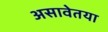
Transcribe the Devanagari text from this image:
असावेतया